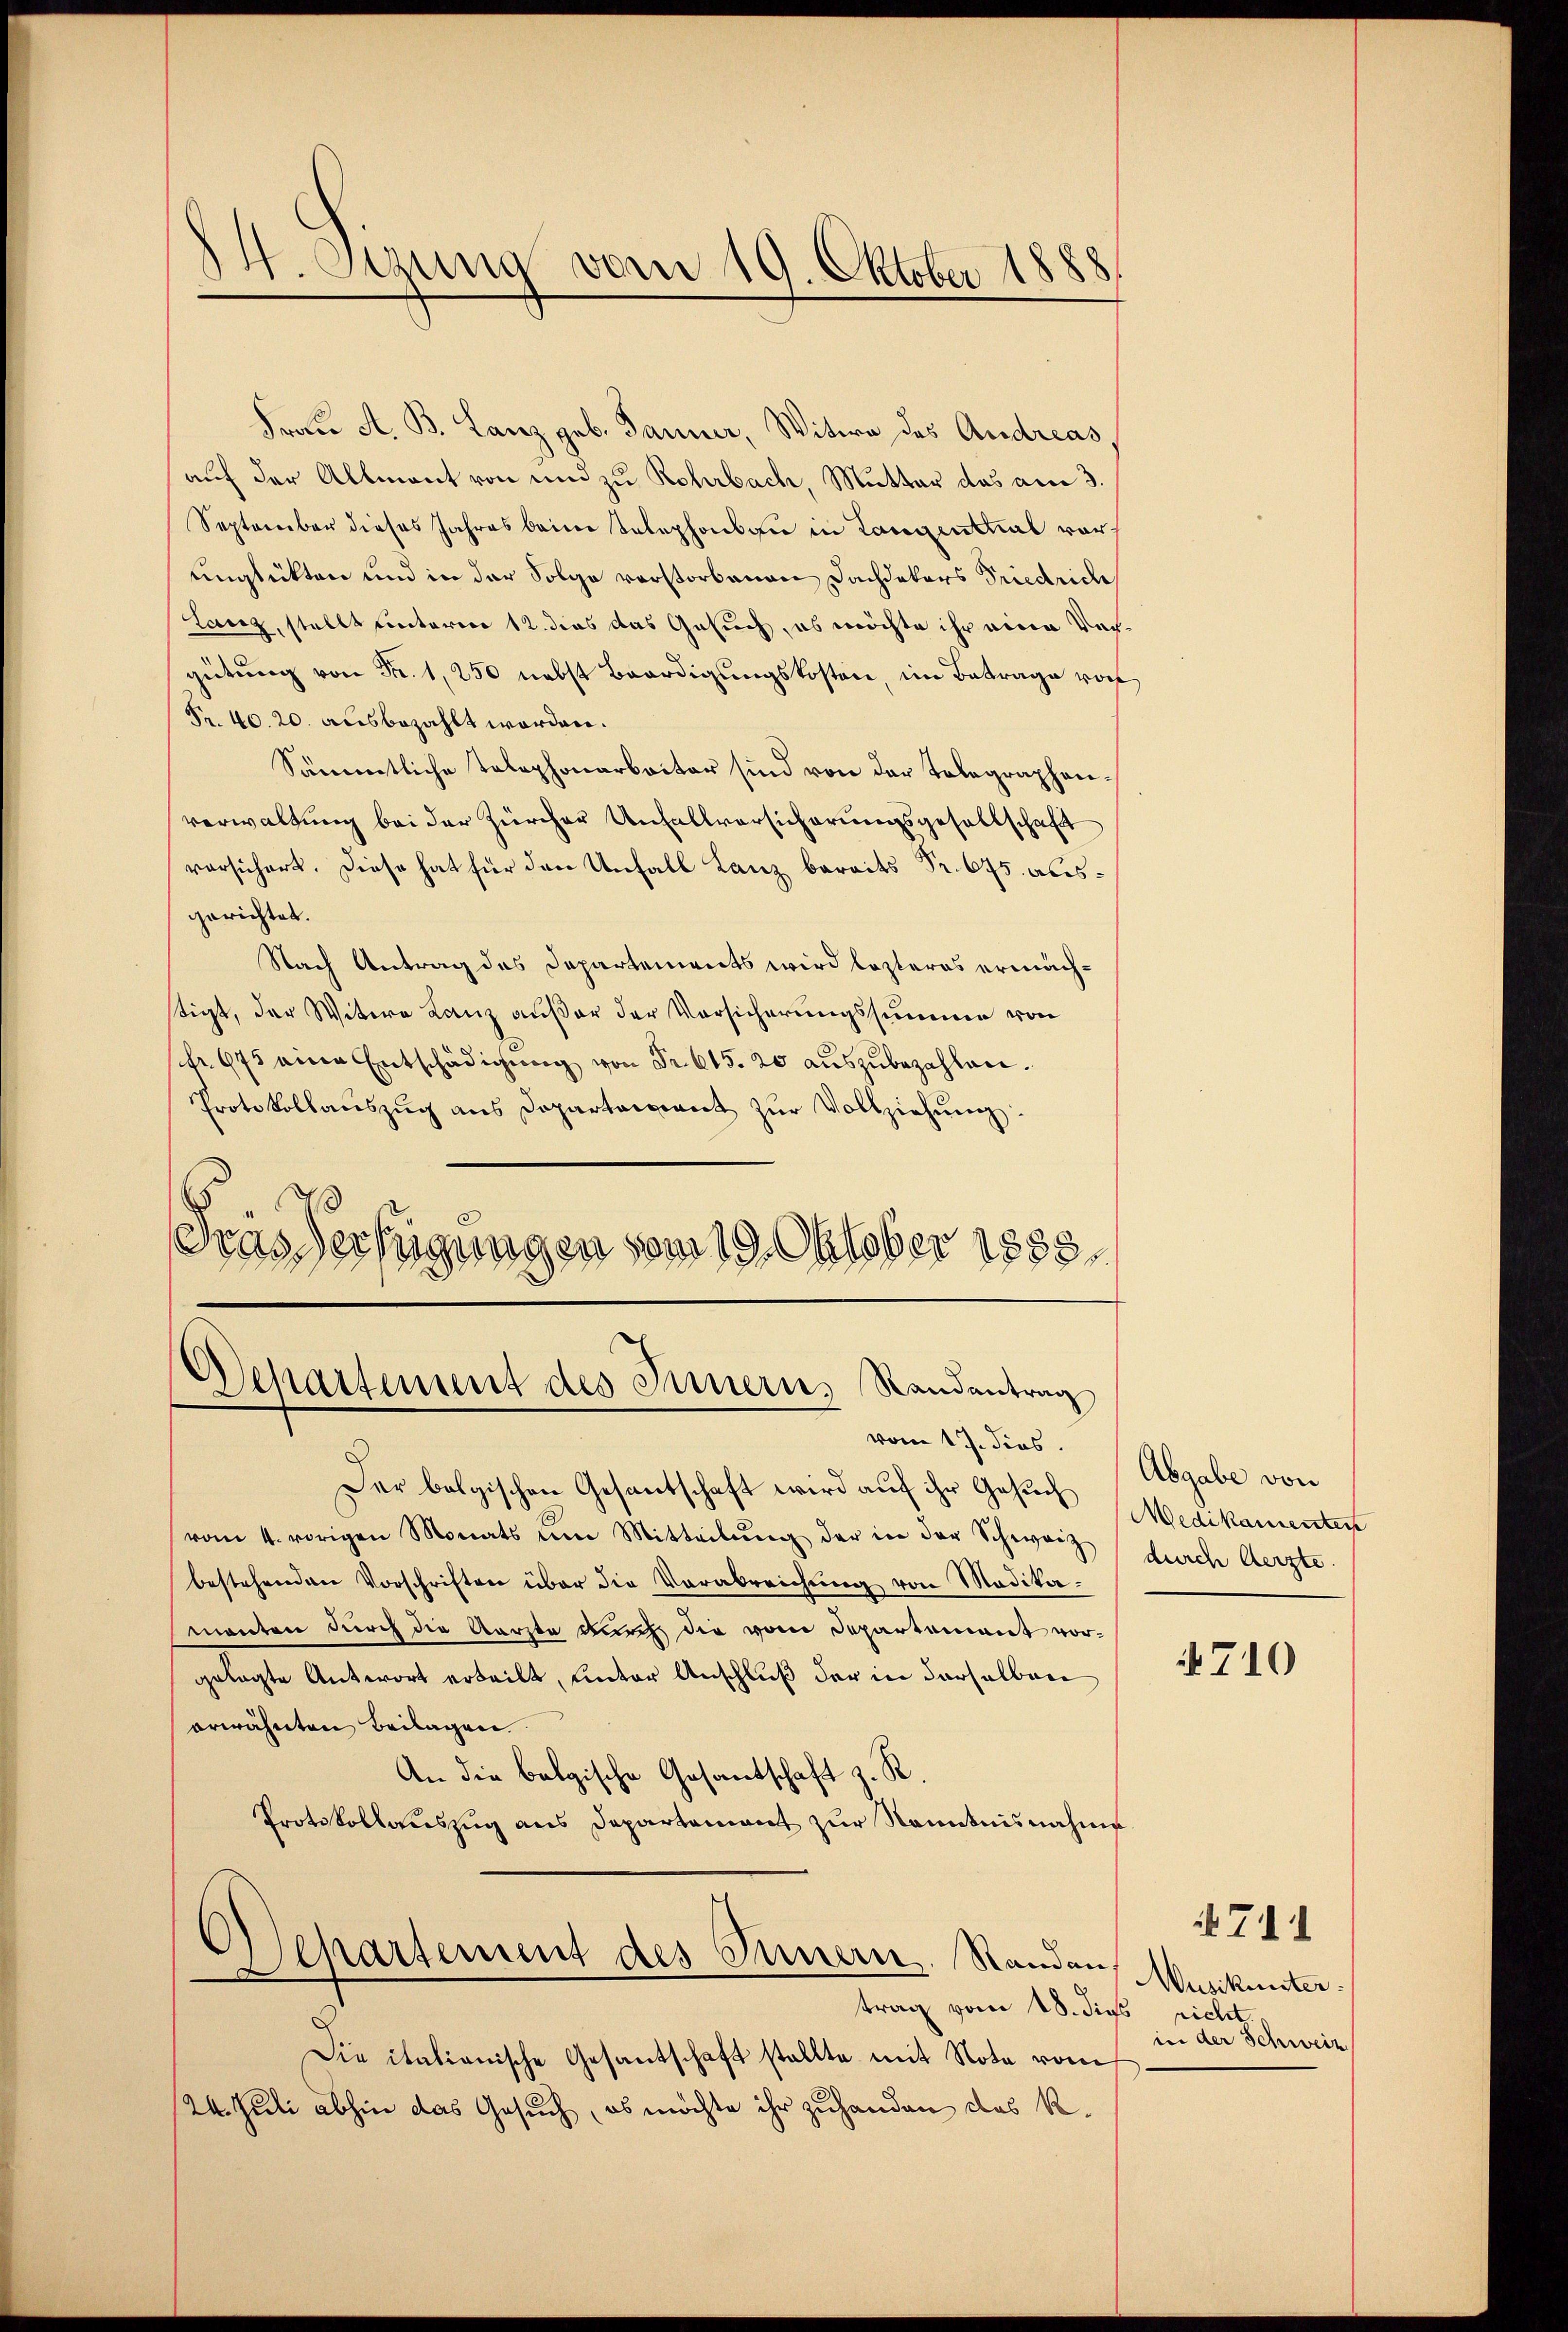
14. Sezung vom 19. Oktober 1888

Frau A. B. Lanz geb. Tanner, Witwe des Andreas,
auf der Allmont von und zu Rohrbach, Mutter das am 3.
September dieses Jahres beim Telephonbau in Langenthal vorunglükten und in der Folge vorstorbenen Dachdekars Friedrich
Lanz, stellt unterner 12. dies das Gesuch, es möchte ihr eine Vergütung von Fr. 1, 250 nebst Beerdigungskosten, im Betrage vorh
Pr. 40. 20. ausbezahlt worden.
Sämmtliche Telephonarbeiter sind von der Telegraphenverwaltung bei der Zürcher Anfallversicherungsgesellschaft
vorsichert. Diese hat für den Unfall Lanz bereits Fr. 675. ausgerichtet.
Nach Antrag des Departements wird lezteres ermächstigt, der Witwe Lanz außer der Vorsicherungssumme von
fr. 675 eine Entschädigung von Fr. 615. 20 auszubezahlen.
Protokollaŭszŭg ans Departariant zŭr Vollziehŭng.
Fras Verfügungen vom 19. Oktober 1888.

Departement des Innern, Randantrag
vom 17. dies

Der belgischen Gesantschaft wird auf ihr Gesuch Abgabe von
vom 4. vorigen Monats um Mitteilŭng der in der Schweiz durch Aerzte.
bestehenden Vorschriften über die Verabreichung von Modikamanten durch die Aerzte durch die vom Departement vorgelegte Antwort erteilt, unter Anschluß der in derselben
erwähnten Beilagen.
An die belgische Gesantschaft z. R.
Protokollaŭszŭg ans Departement zŭr Kenntnisnahme
Departement des Innern. Standen,
—
trag vom 18. dies richt.
Die italienische Gesantschaft stellte mit Note vom
24. Juli abhin das Gesuch, es möchte ihr zuhanden das R.

Medikamenten

710

Musikunter.
in der Schweiz

it. 741